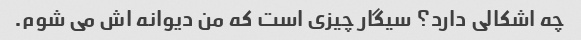
چه اشکالی دارد؟ سیگار چیزی است که من دیوانه اش می شوم.